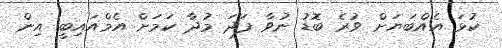
ކުޅަ އެއްބަޔަށް ވުރެ ބޮޑު ނުވާ ފަދަ މުދާ ކަމަށް އެމްއައިބީ އިން